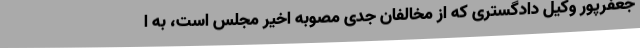
جعفرپور وکیل دادگستری که از مخالفان جدی مصوبه اخیر مجلس است، به ا